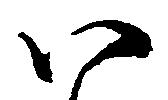
ハ